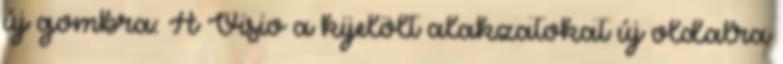
új gombra: A Visio a kijelölt alakzatokat új oldalra